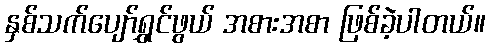
နှစ်သက်ပျော်ရွှင်ဖွယ် အစားအစာ ဖြစ်ခဲ့ပါတယ်။